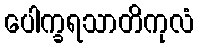
ပေါက္ခရသာတိကုလံ